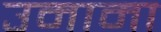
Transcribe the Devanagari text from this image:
उमामा